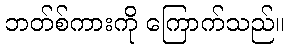
ဘတ်စ်ကားကို ကြောက်သည်။